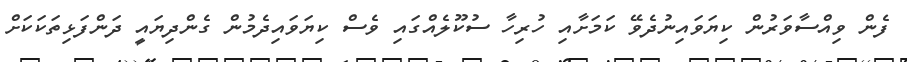
ފެން ވިއްސާވަރުން ކިޔަވައިނުދެވޭ ކަމަށާއި ހުރިހާ ސުކޫލެއްގައި ވެސް ކިޔަވައިދެމުން ގެންދިޔައީ ދަންފަޅިތަކަކަށް